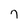
Character: 7